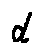
d